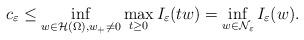
LaTeX: \begin{align*} c_\varepsilon\leq\inf\limits_{w\in \mathcal{H}(\Omega), w_+\neq 0}\max\limits_{t\geq 0}I_\varepsilon(tw)=\inf\limits_{w\in \mathcal{N}_\varepsilon}I_\varepsilon(w).\end{align*}